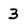
Character: 3